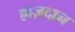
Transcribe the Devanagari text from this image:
ह्राज़दान